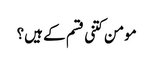
مومن کتنی قسم کے ہیں؟